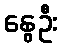
နွေဦး